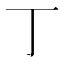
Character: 丁